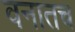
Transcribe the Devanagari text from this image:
वनातच